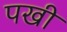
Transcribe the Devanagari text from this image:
पखी